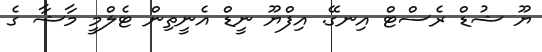
ޔޫ ޝުޑް ރެސްޓް އިނގޭ. އިފްޔޫ ނީޑް އެނީތިން ޓެލްމީ މާޝާ ގެ